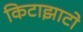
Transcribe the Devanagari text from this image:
किटाझाटो